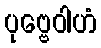
ပုဗ္ဗေဝါဟံ